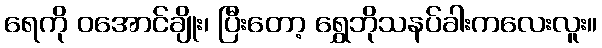
ရေကို ဝအောင်ချိုး၊ ပြီးတော့ ရွှေဘိုသနပ်ခါးကလေးလူး။